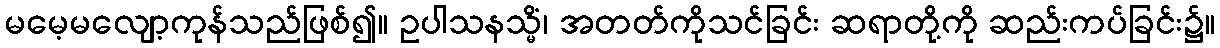
မမေ့မလျော့ကုန်သည်ဖြစ်၍။ ဥပါသနသ္မိံ၊ အတတ်ကိုသင်ခြင်း ဆရာတို့ကို ဆည်းကပ်ခြင်း၌။